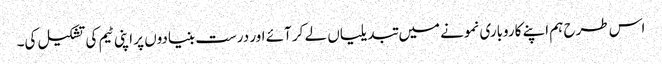
اس طرح ہم اپنے کاروباری نمونے میں تبدیلیاں لے کر آئے اور درست بنیادوں پر اپنی ٹیم کی تشکیل کی۔